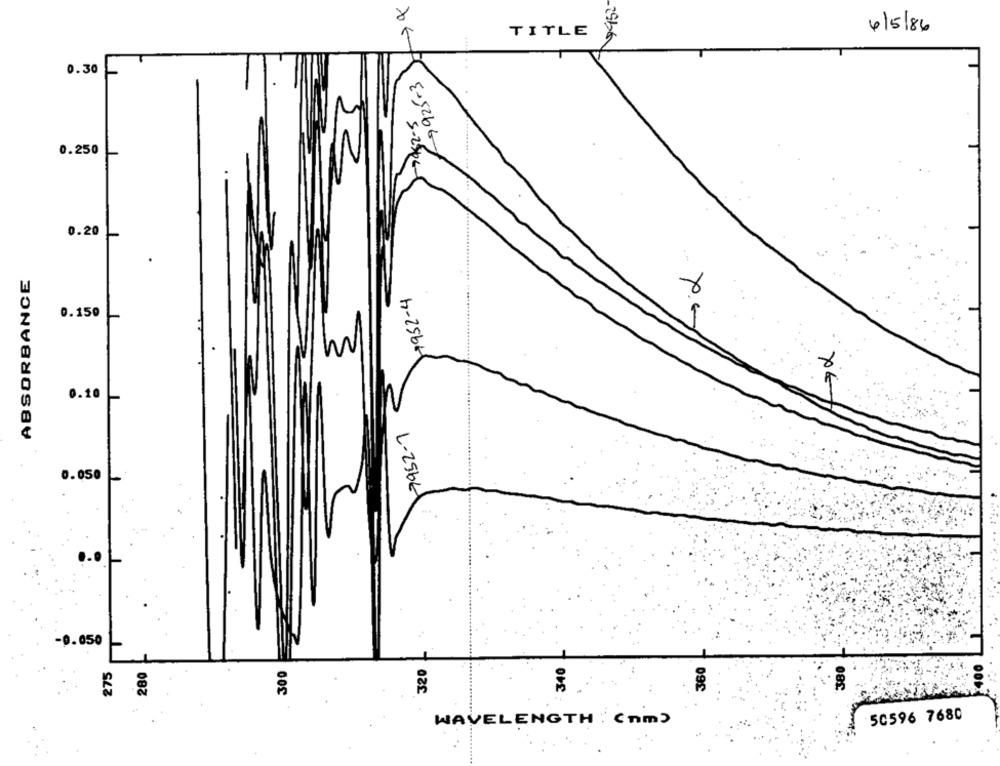
452
4/5/86
TITLE
0.30
69925-3
7952-5
0.250
0.20
ABSORBANCE
7952-4
0.150
72
0.10
7952-1
0.050
9.050
340
380
275
280
300
320
360
140
50596 7680
WAVELENGTH: (nm)